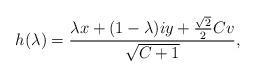
LaTeX: \begin{align*} h(\lambda) = \frac{ \lambda x + (1-\lambda) i y + \frac{\sqrt{2}}{2}C v}{\sqrt{C+1}}, \end{align*}